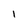
Character: I